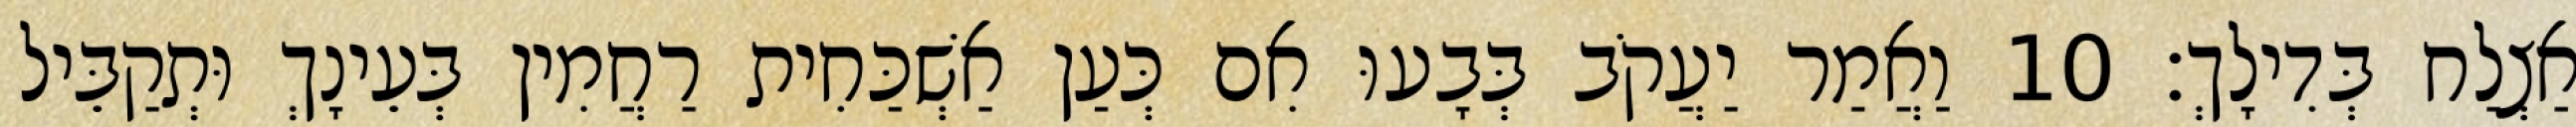
אַצְלַח בְּדִילָךְ׃ 10 וַאֲמַר יַעֲקֹב בְּבָעוּ אִם כְּעַן אַשְׁכַּחִית רַחֲמִין בְּעֵינָךְ וּתְקַבֵּיל